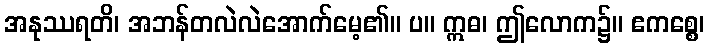
အနုဿရတိ၊ အဘန်တလဲလဲအောက်မေ့၏။ ပ။ ဣဓ၊ ဤလောက၌။ ဧကစ္စေ၊